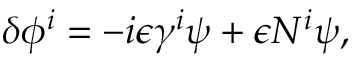
\delta \phi ^ { i } = - i \epsilon \gamma ^ { i } \psi + \epsilon N ^ { i } \psi ,